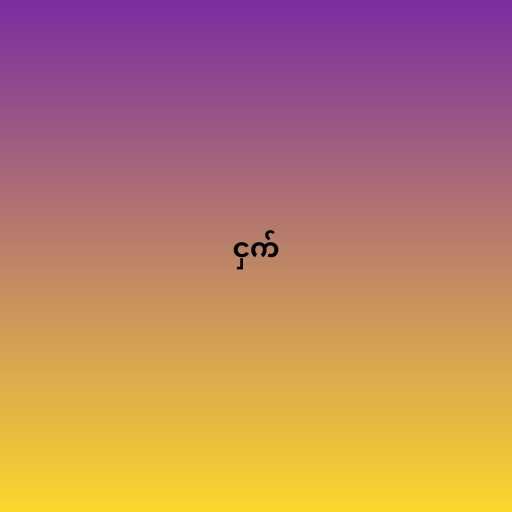
ငှက်